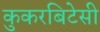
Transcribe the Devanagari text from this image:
कुकरबिटेसी